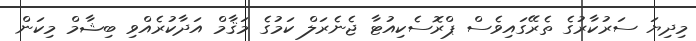
މިދިޔަ ސަރުކާރުގެ ތެރޭގައިވެސް ޕްރޮސެކިއުޓާ ޖެނެރަލް ކަމުގެ މަޤާމް އަދާކުރެއްވި ބިޝާމް މިކަން